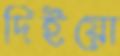
দিইয়ো